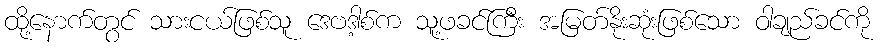
ထို့နောက်တွင် သားငယ်ဖြစ်သူ ဒေဗဒါ့စ်က သူ့ဖခင်ကြီး အမြတ်နိုးဆုံးဖြစ်သော ဝါချည်ခင်ကို